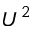
U ^ { 2 }